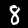
Label: 8